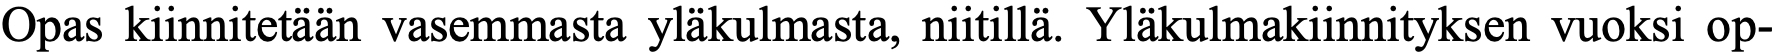
Opas kiinnitetään vasemmasta yläkulmasta, niitillä. Yläkulmakiinnityksen vuoksi op-